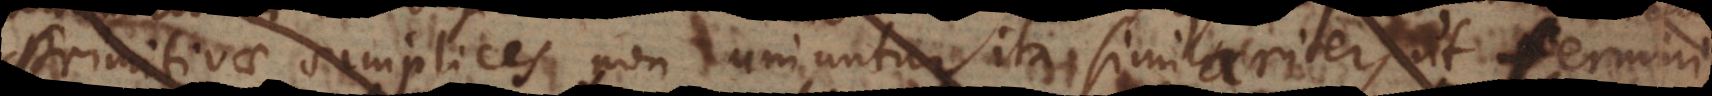
primitivae simplices non uniuntur ita similariter, ut termini